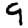
Digit: 9